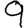
Digit: 9